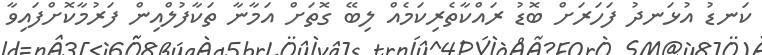
ކަނޑު އުޅަނދު ފަހަރަށް ބޮޑު ރައްކާތެރިކަމެއް ލިބޭ ގޮތަށް އަމާނާ ތަކާފުލްއިން ފަރުމާކޮށްފައިވާ